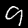
Label: 9